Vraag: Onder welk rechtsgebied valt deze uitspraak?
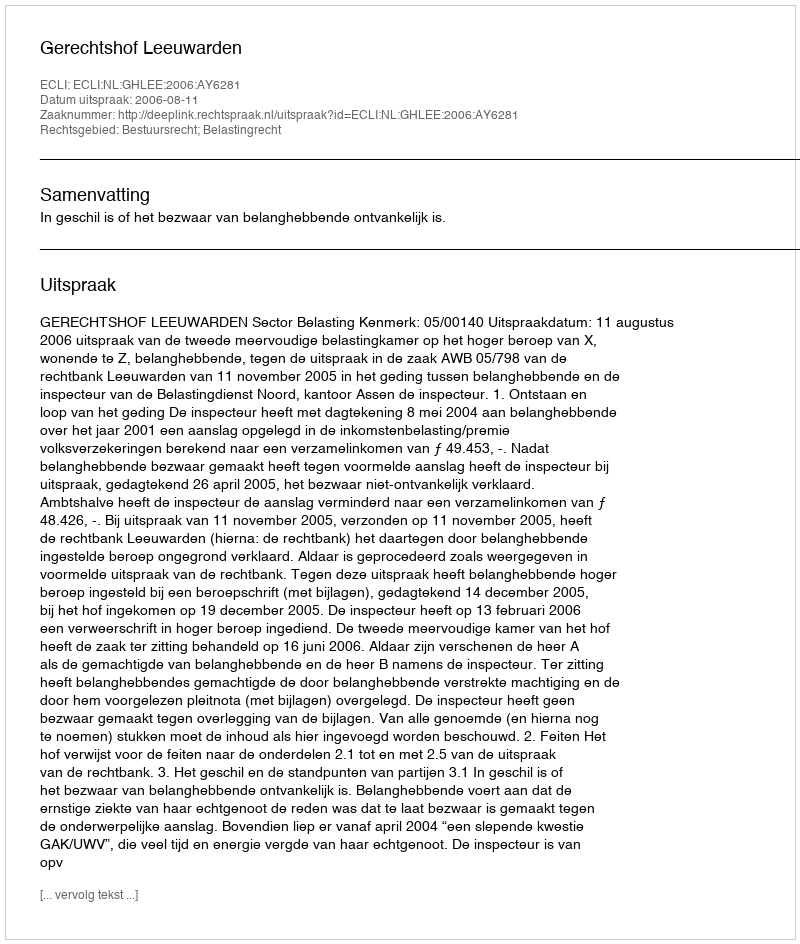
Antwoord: Bestuursrecht; Belastingrecht